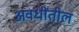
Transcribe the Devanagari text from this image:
अवधींतील